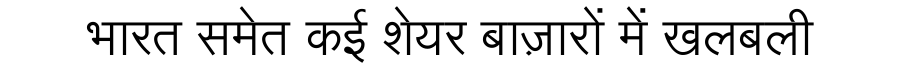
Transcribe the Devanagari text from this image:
भारत समेत कई शेयर बाज़ारों में खलबली